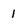
Character: 1